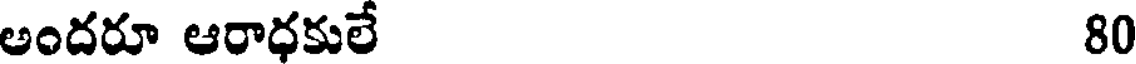
అందరూ ఆరాధకులే 80